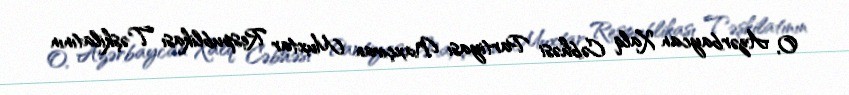
O, Azərbaycan Xalq Cəbhəsi Partiyası Naxçıvan Muxtar Respublikası Təşkilatının